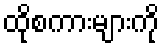
ထိုစကားများကို